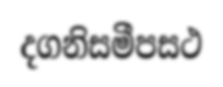
දගනිසමීපසථ